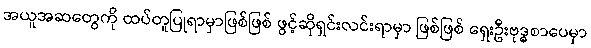
အယူအဆတွေကို ထပ်တူပြုရာမှာဖြစ်ဖြစ် ဖွင့်ဆိုရှင်းလင်းရာမှာ ဖြစ်ဖြစ် ရှေးဦးဗုဒ္ဓစာပေမှာ